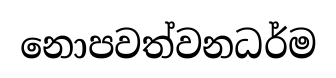
නොපවත්වනධර්ම